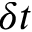
\delta t